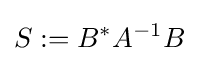
S:=B^{*}A^{-1}B